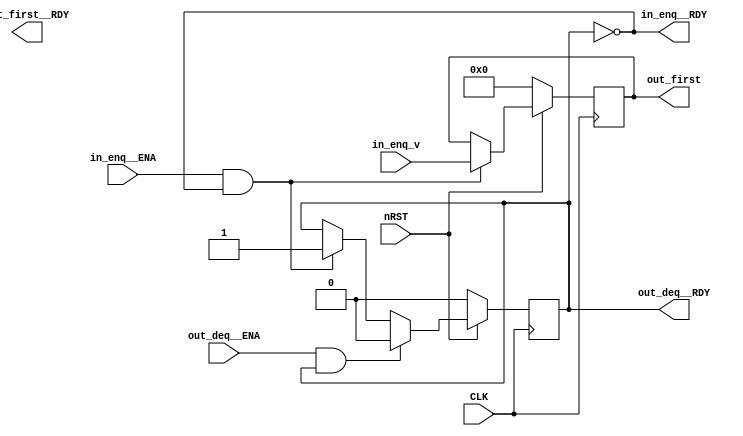
module l_class_OC_Fifo1 (
    input CLK,
    input nRST,
    input in_enq__ENA,
    input [31:0]in_enq_v,
    output in_enq__RDY,
    input out_deq__ENA,
    output out_deq__RDY,
    output [31:0]out_first,
    output out_first__RDY);
    wire in_enq__RDY_internal;
    wire in_enq__ENA_internal = in_enq__ENA && in_enq__RDY_internal;
    assign in_enq__RDY = in_enq__RDY_internal;
    wire out_deq__RDY_internal;
    wire out_deq__ENA_internal = out_deq__ENA && out_deq__RDY_internal;
    assign out_deq__RDY = out_deq__RDY_internal;
    reg[31:0] element;
    reg full;
    assign in_enq__RDY_internal = full ^ 1;
    assign out_deq__RDY_internal = full;
    assign out_first = element;
    assign out_first__RDY_internal = full;

    always @( posedge CLK) begin
      if (!nRST) begin
        element <= 0;
        full <= 0;
      end // nRST
      else begin
        if (in_enq__ENA_internal) begin
            element <= in_enq_v;
            full <= 1;
        end; // End of in_enq
        if (out_deq__ENA_internal) begin
            full <= 0;
        end; // End of out_deq
      end
    end // always @ (posedge CLK)
endmodule